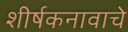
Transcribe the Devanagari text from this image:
शीर्षकनावाचे